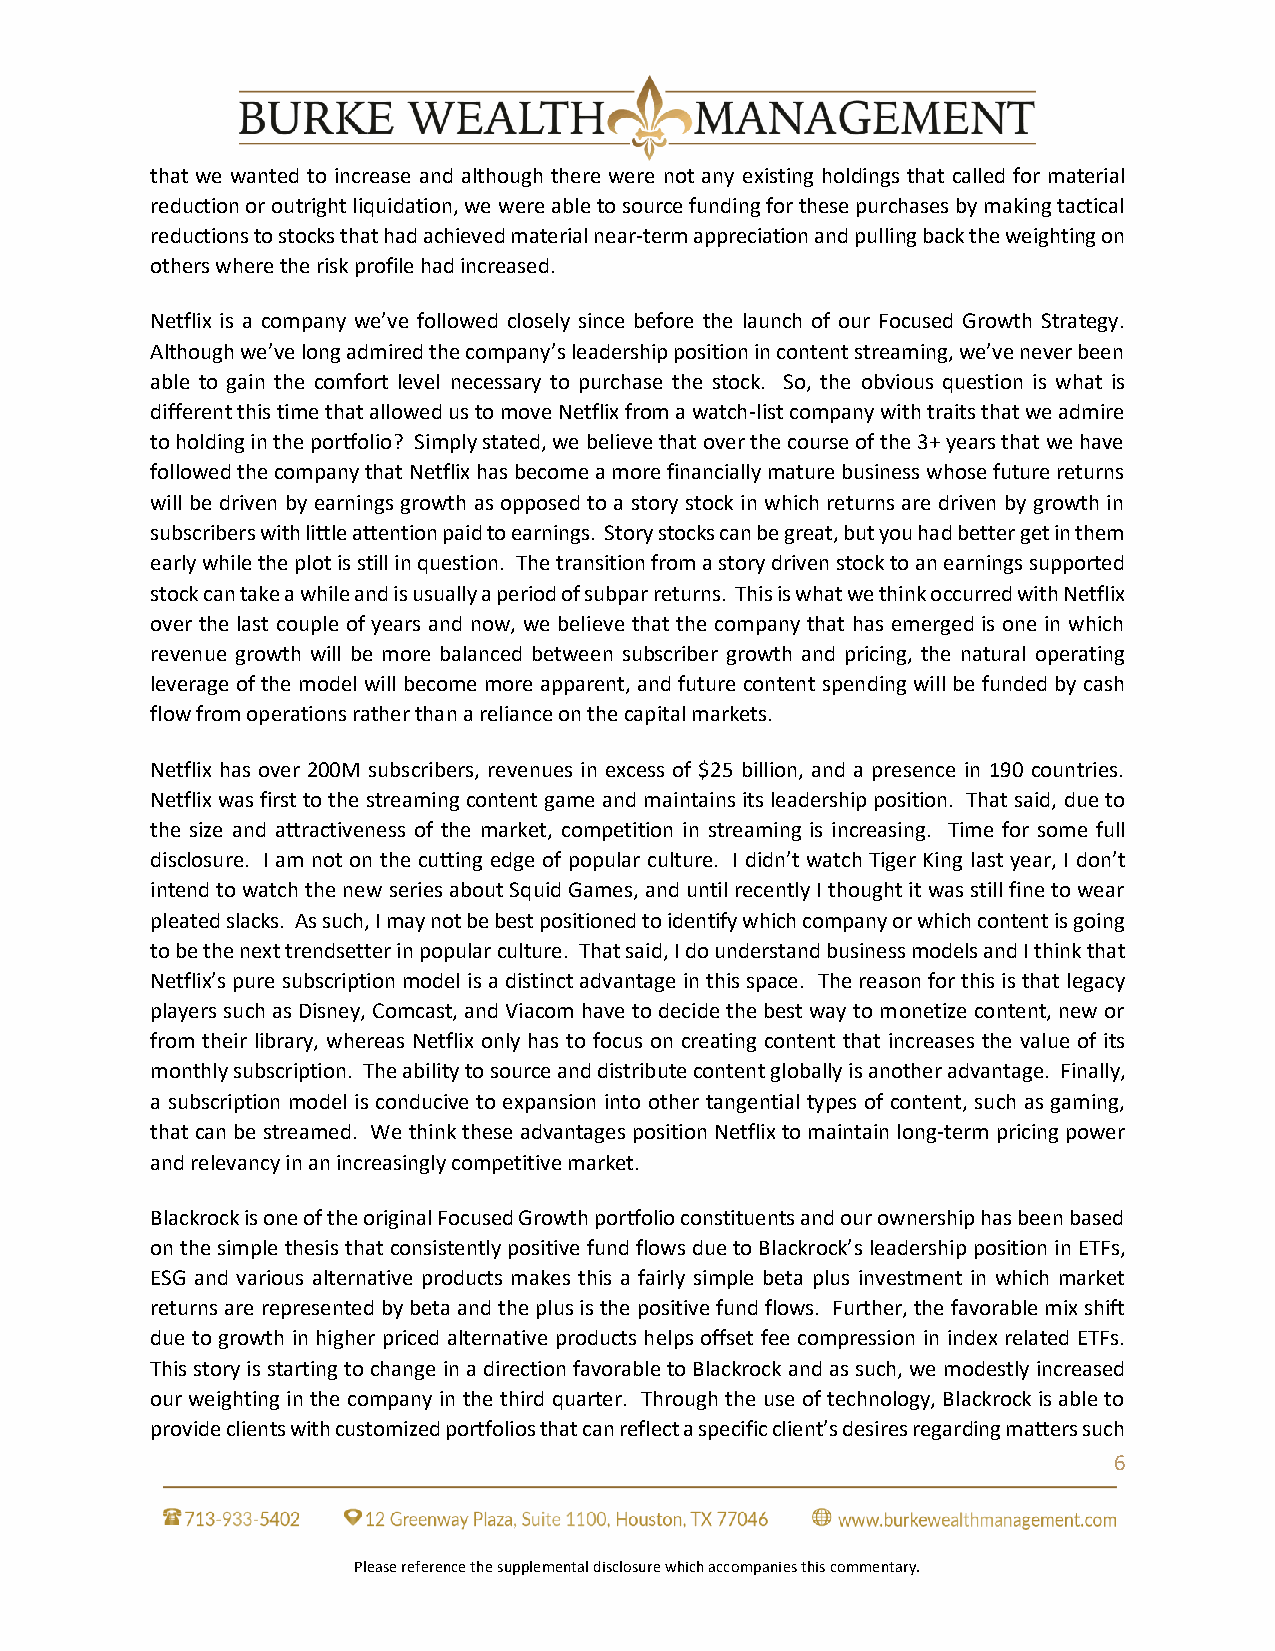
that we wanted to increase and although there were not any existing holdings that called for material
 reduction or outright liquidation, we were able to source funding for these purchases by making tactical
 reductions to stocks that had achieved material near-term appreciation and pulling back the weighting on
 others where the risk profile had increased.
 Netflix is a company we’ve followed closely since before the launch of our Focused Growth Strategy.
 Although we’ve long admired the company’s leadership position in content streaming, we’ve never been
 able to gain the comfort level necessary to purchase the stock. So, the obvious question is what is
 different this time that allowed us to move Netflix from a watch-list company with traits that we admire
 to holding in the portfolio? Simply stated, we believe that over the course of the 3+ years that we have
 followed the company that Netflix has become a more financially mature business whose future returns
 will be driven by earnings growth as opposed to a story stock in which returns are driven by growth in
 subscribers with little attention paid to earnings. Story stocks can be great, but you had better get in them
 early while the plot is still in question. The transition from a story driven stock to an earnings supported
 stock can take a while and is usually a period of subpar returns. This is what we think occurred with Netflix
 over the last couple of years and now, we believe that the company that has emerged is one in which
 revenue growth will be more balanced between subscriber growth and pricing, the natural operating
 leverage of the model will become more apparent, and future content spending will be funded by cash
 flow from operations rather than a reliance on the capital markets.
 Netflix has over 200M subscribers, revenues in excess of $25 billion, and a presence in 190 countries.
 Netflix was first to the streaming content game and maintains its leadership position. That said, due to
 the size and attractiveness of the market, competition in streaming is increasing. Time for some full
 disclosure. I am not on the cutting edge of popular culture. I didn’t watch Tiger King last year, I don’t
 intend to watch the new series about Squid Games, and until recently I thought it was still fine to wear
 pleated slacks. As such, I may not be best positioned to identify which company or which content is going
 to be the next trendsetter in popular culture. That said, I do understand business models and I think that
 Netflix’s pure subscription model is a distinct advantage in this space. The reason for this is that legacy
 players such as Disney, Comcast, and Viacom have to decide the best way to monetize content, new or
 from their library, whereas Netflix only has to focus on creating content that increases the value of its
 monthly subscription. The ability to source and distribute content globally is another advantage. Finally,
 a subscription model is conducive to expansion into other tangential types of content, such as gaming,
 that can be streamed. We think these advantages position Netflix to maintain long-term pricing power
 and relevancy in an increasingly competitive market.
 Blackrock is one of the original Focused Growth portfolio constituents and our ownership has been based
 on the simple thesis that consistently positive fund flows due to Blackrock’s leadership position in ETFs,
 ESG and various alternative products makes this a fairly simple beta plus investment in which market
 returns are represented by beta and the plus is the positive fund flows. Further, the favorable mix shift
 due to growth in higher priced alternative products helps offset fee compression in index related ETFs.
 This story is starting to change in a direction favorable to Blackrock and as such, we modestly increased
 our weighting in the company in the third quarter. Through the use of technology, Blackrock is able to
 provide clients with customized portfolios that can reflect a specific client’s desires regarding matters such
 6
 Please reference the supplemental disclosure which accompanies this commentary.